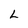
Character: L